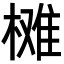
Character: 𣗙